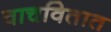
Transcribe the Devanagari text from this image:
वाचवितात